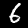
Digit: 6